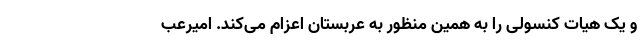
و یک هیات کنسولی را به همین منظور به عربستان اعزام می‌کند. امیرعب